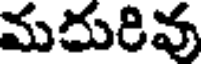
మదురివు